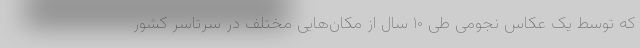
که توسط یک عکاس نجومی طی ۱۰ سال از مکان‌هایی مختلف در سرتاسر کشور